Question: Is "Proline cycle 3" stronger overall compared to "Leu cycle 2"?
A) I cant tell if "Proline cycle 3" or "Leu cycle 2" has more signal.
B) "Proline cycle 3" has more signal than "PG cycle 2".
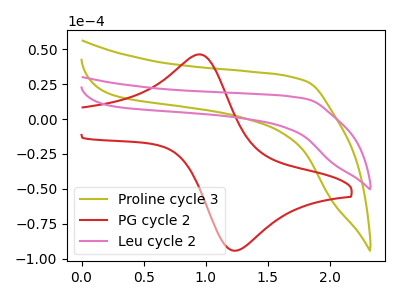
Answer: <think>The olive curve "Proline cycle 3" has no peaks. The red curve "PG cycle 2" has an anodic peak at (0.95V, 46.30uA) and a cathodic peak at (1.25V, -94.20uA). The pink curve "Leu cycle 2" has no peaks.
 Neither "Proline cycle 3" or "Leu cycle 2" have any peaks.</think>
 <answer>A) I cant tell if "Proline cycle 3" or "Leu cycle 2" has more signal.</answer>
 <eval>A</eval>